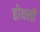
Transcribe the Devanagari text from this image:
होथली